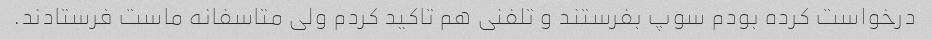
درخواست کرده بودم سوپ بفرستند و تلفنی هم تاکید کردم ولی متاسفانه ماست فرستادند.